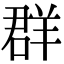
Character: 群